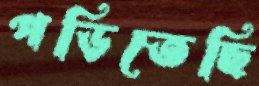
পড়িতেছি